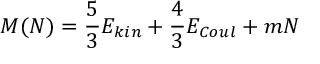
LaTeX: M ( N ) = { \frac { 5 } { 3 } } E _ { k i n } + { \frac { 4 } { 3 } } E _ { C o u l } + m N